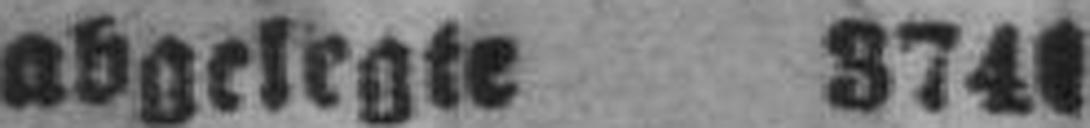
abgelegte 374###